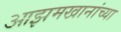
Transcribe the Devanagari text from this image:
आझमखानांच्या